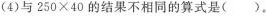
(4)与250 \times 40的结果不相同的算式是()